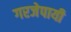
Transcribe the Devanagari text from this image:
गरजेपायी